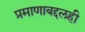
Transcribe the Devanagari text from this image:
प्रमाणाबद्दलही